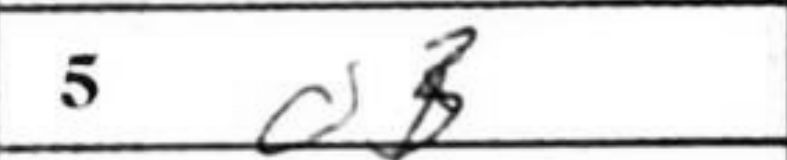
Transcription: d3